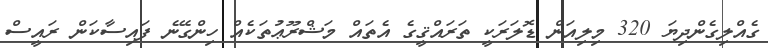
ގެއްލިގެންދިޔަ 320 މިލިއަން ޑޮލަރަކީ ތަރައްޤީގެ އެތައް މަޝްރޫޢުތަކެއް ހިންގޭނެ ފައިސާކަން ރައީސް